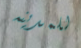
للمدينه